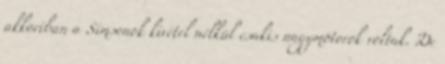
akkoriban a Simsonok kivétel nélkül csakis nagymotorok voltak. De